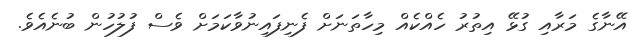
އޭނާގެ މަރާއި ގުޅޭ އިތުރު ހެއްކެއް މިހާތަނަށް ފެނިފައިނުވާކަމަށް ވެސް ފުލުހުން ބުނެއެވެ.